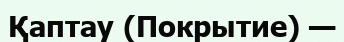
Қаптау (Покрытие) —